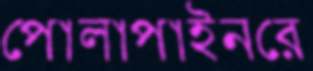
পোলাপাইনরে